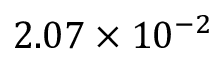
2 . 0 7 \times 1 0 ^ { - 2 }